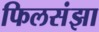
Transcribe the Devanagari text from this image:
फिलसंझा